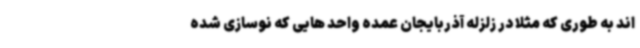
اند به طوری که مثلاً در زلزله آذربایجان عمده واحد هایی که نوسازی شده